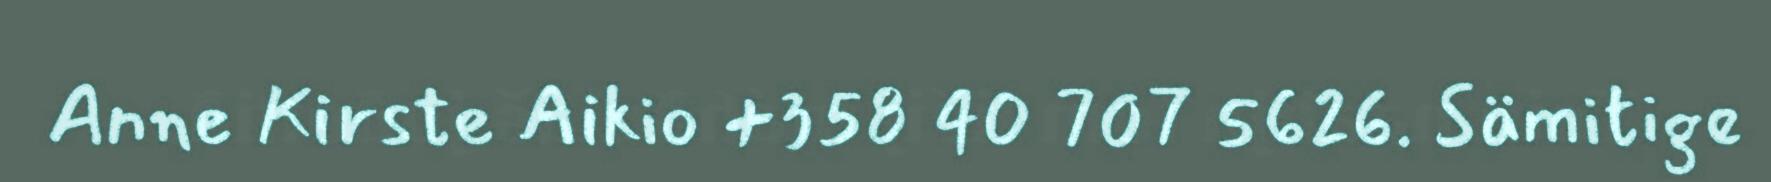
Anne Kirste Aikio +358 40 707 5626. Sämitige